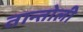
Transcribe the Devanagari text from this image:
तान्तोली